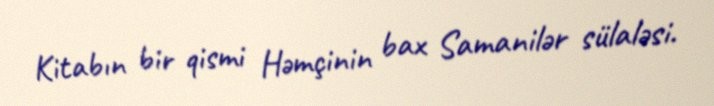
Kitabın bir qismi Həmçinin bax Samanilər sülaləsi.